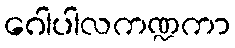
ဂေါပါလကဏ္ဍကာ